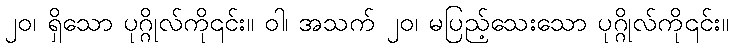
၂၀၊ ရှိသော ပုဂ္ဂိုလ်ကို၎င်း။ ဝါ၊ အသက် ၂၀၊ မပြည့်သေးသော ပုဂ္ဂိုလ်ကို၎င်း။